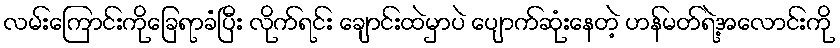
လမ်းကြောင်းကိုခြေရာခံပြီး လိုက်ရင်း ချောင်းထဲမှာပဲ ပျောက်ဆုံးနေတဲ့ ဟန်မတ်ရဲ့အလောင်းကို